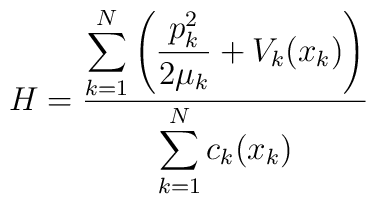
H=\frac{\displaystyle \sum_{k=1}^N\left(\frac{p_k^2}{2\mu_k}+V_k(x_k)\right)}{\displaystyle\sum_{k=1}^Nc_k(x_k)}